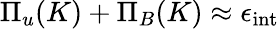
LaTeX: \Pi_{u}(K)+\Pi_{B}(K)\approx\epsilon_{\mathrm{int}}